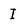
Character: I